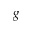
g